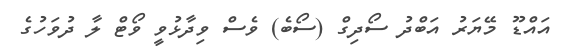
އައްޑޫ މޭޔަރު އަބްދު ސޯދިގް (ސޯބެ) ވެސް ވިދާޅުވީ ވޯޓް ލާ ދުވަހުގެ